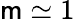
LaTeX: \mathsf{m}\simeq1